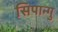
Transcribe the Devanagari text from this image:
सिपान्गु